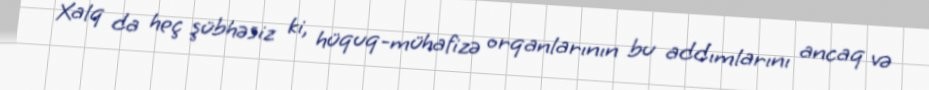
Xalq da heç şübhəsiz ki, hüquq-mühafizə orqanlarının bu addımlarını ancaq və